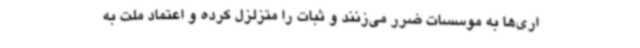
اری‌ها به موسسات ضرر می‌زنند و ثبات را متزلزل کرده و اعتماد ملت به